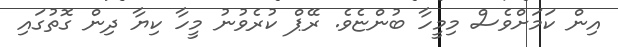
އިން ކަމަށްވެސް މިމީހާ ބުންޏެވެ. ރޭޕް ކުރެވުނު މީހާ ކިޔާ ދިން ގޮތުގައި